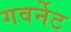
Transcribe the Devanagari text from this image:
गवर्नेट